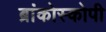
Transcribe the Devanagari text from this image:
ब्रांकोस्कोपी